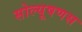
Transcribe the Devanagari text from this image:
सोल्यूषणस